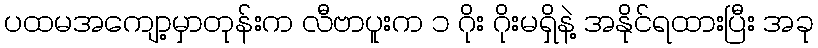
ပထမအကျော့မှာတုန်းက လီဗာပူးက ၁ ဂိုး ဂိုးမရှိနဲ့ အနိုင်ရထားပြီး အခု